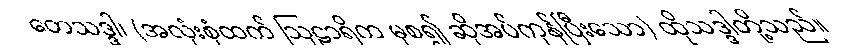
တေသဒ္ဒါ၊ (အလုံးစုံထက် ဩဠာရိက မှစ၍ ဆိုအပ်ကုန်ပြီးသော) ထိုသဒ္ဒါတို့သည်။